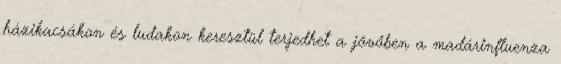
házikacsákon és ludakon keresztül terjedhet a jövőben a madárinfluenza